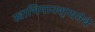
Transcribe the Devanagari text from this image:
स्वाभिमानशून्यतेचे